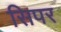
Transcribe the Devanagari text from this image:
सिपर